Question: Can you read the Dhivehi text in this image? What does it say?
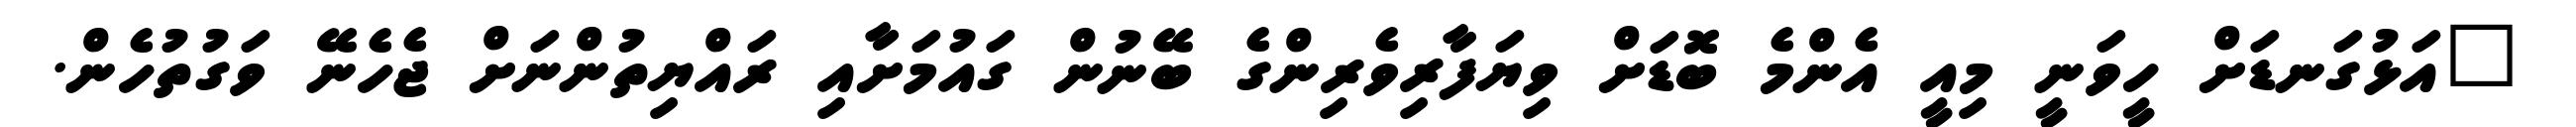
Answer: "އަޅުގަނޑަށް ހީވަނީ މިއީ އެންމެ ބޮޑަށް ވިޔަފާރިވެރިންގެ ބޭނުން ގައުމަށާއި ރައްޔިތުންނަށް ޖެހެނޭ ވަގުތުހެން.